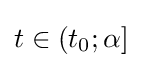
t\in \left(t_{0};\alpha \right]